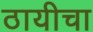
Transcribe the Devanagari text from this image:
ठायीचा